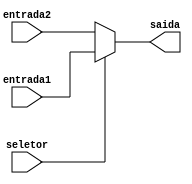
module MUX32 (entrada1, entrada2, seletor, saida);

    input wire [31:0] entrada1, entrada2;
    input wire seletor;
    output [31:0] saida;
    assign saida = seletor ? entrada1 : entrada2;
endmodule